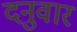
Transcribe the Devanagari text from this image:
दनुवार